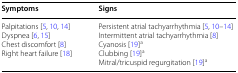
<table><thead><tr><td><b>Symptoms</b></td><td><b>Signs</b></td></tr></thead><tbody><tr><td>Palpitations [5, 10, 14]Dyspnea [6, 15]Chest discomfort [8]Right heart failure [18]</td><td>Persistent atrial tachyarrhythmia [5, 10–14]Intermittent atrial tachyarrhythmia [8]Cyanosis [19]<sup>a</sup>Clubbing [19]<sup>a</sup>Mitral/tricuspid regurgitation [19]<sup>a</sup></td></tr></tbody></table>